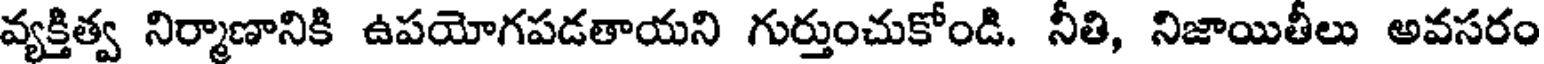
వ్యక్తిత్వ నిర్మాణానికి ఉపయోగపడతాయని గుర్తుంచుకోండి. నీతి, నిజాయితీలు అవసరం